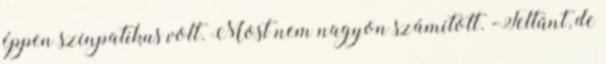
éppen színpatikus volt. Most nem nagyon számított. -Feltűnt, de